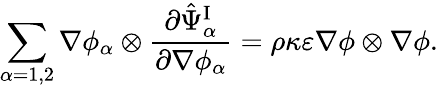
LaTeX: \begin{array}{r}{\displaystyle\sum_{\alpha=1,2}\nabla\phi_{\alpha}\otimes\frac{\partial\hat{\Psi}_{\alpha}^{\mathrm{I}}}{\partial\nabla\phi_{\alpha}}=\rho\kappa\varepsilon\nabla\phi\otimes\nabla\phi.}\end{array}